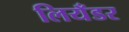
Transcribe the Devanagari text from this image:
लियँडर